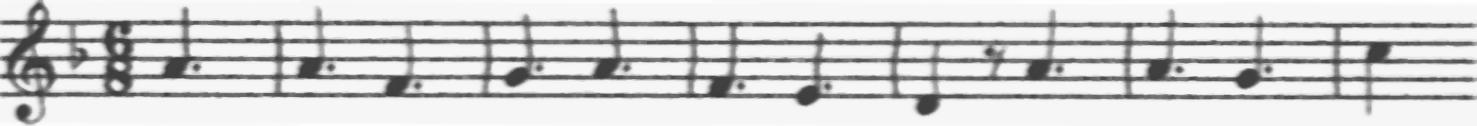
Transcription: clef-G2 keySignature-FM timeSignature-6/8 note-A4_quarter. barline note-A4_quarter. note-F4_quarter. barline note-G4_quarter. note-A4_quarter. barline note-F4_quarter. note-E4_quarter. barline note-D4_quarter rest-eighth note-A4_quarter. barline note-A4_quarter. note-G4_quarter. barline note-C5_quarter